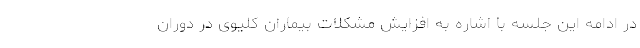
در ادامه این جلسه با اشاره به افزایش مشکلات بیماران کلیوی در دوران